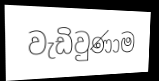
වැඩිවුණාම